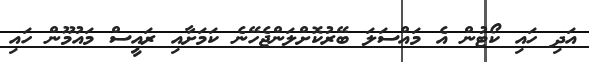
އަދި ހައި ކޯޓުން އެ މައްސަލަ ބޭރުކޮށްލަންޖެހޭނެ ކަމަށާއި ރައީސް މައުމޫން ހައި